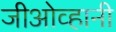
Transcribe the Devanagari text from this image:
जीओव्हानी